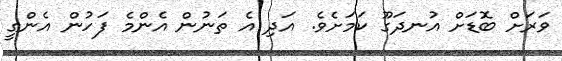
ވަރަށް ބޮޑަށް އުނދަގޫ ކަމަށެވެ. އަދި އެ ތަނުން އެންމެ ފަހުން އެންގީ